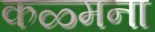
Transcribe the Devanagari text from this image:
कळ्मना